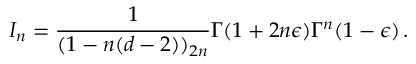
I _ { n } = \frac { 1 } { ( 1 - n ( d - 2 ) ) _ { 2 n } } \Gamma ( 1 + 2 n \epsilon ) \Gamma ^ { n } ( 1 - \epsilon ) \, .